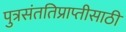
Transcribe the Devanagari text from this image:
पुत्रसंततिप्राप्तीसाठी